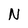
Character: N